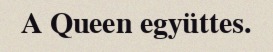
A Queen együttes.